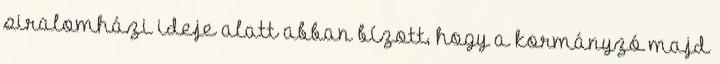
siralomházi ideje alatt abban bízott, hogy a kormányzó majd